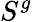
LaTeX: S^{g}